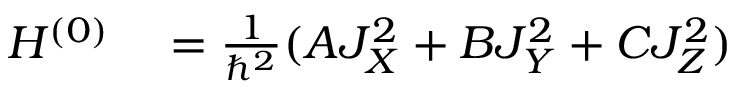
\begin{array} { r l } { H ^ { ( 0 ) } } & { { } = \frac { 1 } { \hbar ^ { 2 } } ( A J _ { X } ^ { 2 } + B J _ { Y } ^ { 2 } + C J _ { Z } ^ { 2 } ) } \end{array}